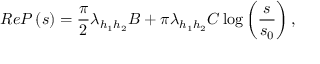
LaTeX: R e P \left( s \right) = \frac \pi 2 \lambda _ { h _ { 1 } h _ { 2 } } B + \pi \lambda _ { h _ { 1 } h _ { 2 } } C \log \left( \frac s { s _ { 0 } } \right) ,